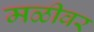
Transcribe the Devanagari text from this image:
मळीवर